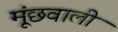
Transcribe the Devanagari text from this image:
मूंछवाली